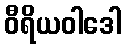
ဝီရိယဝါဒေါ